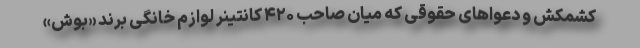
کشمکش و دعواهای حقوقی که میان صاحب ۴۲۰ کانتینر لوازم خانگی برند «بوش»